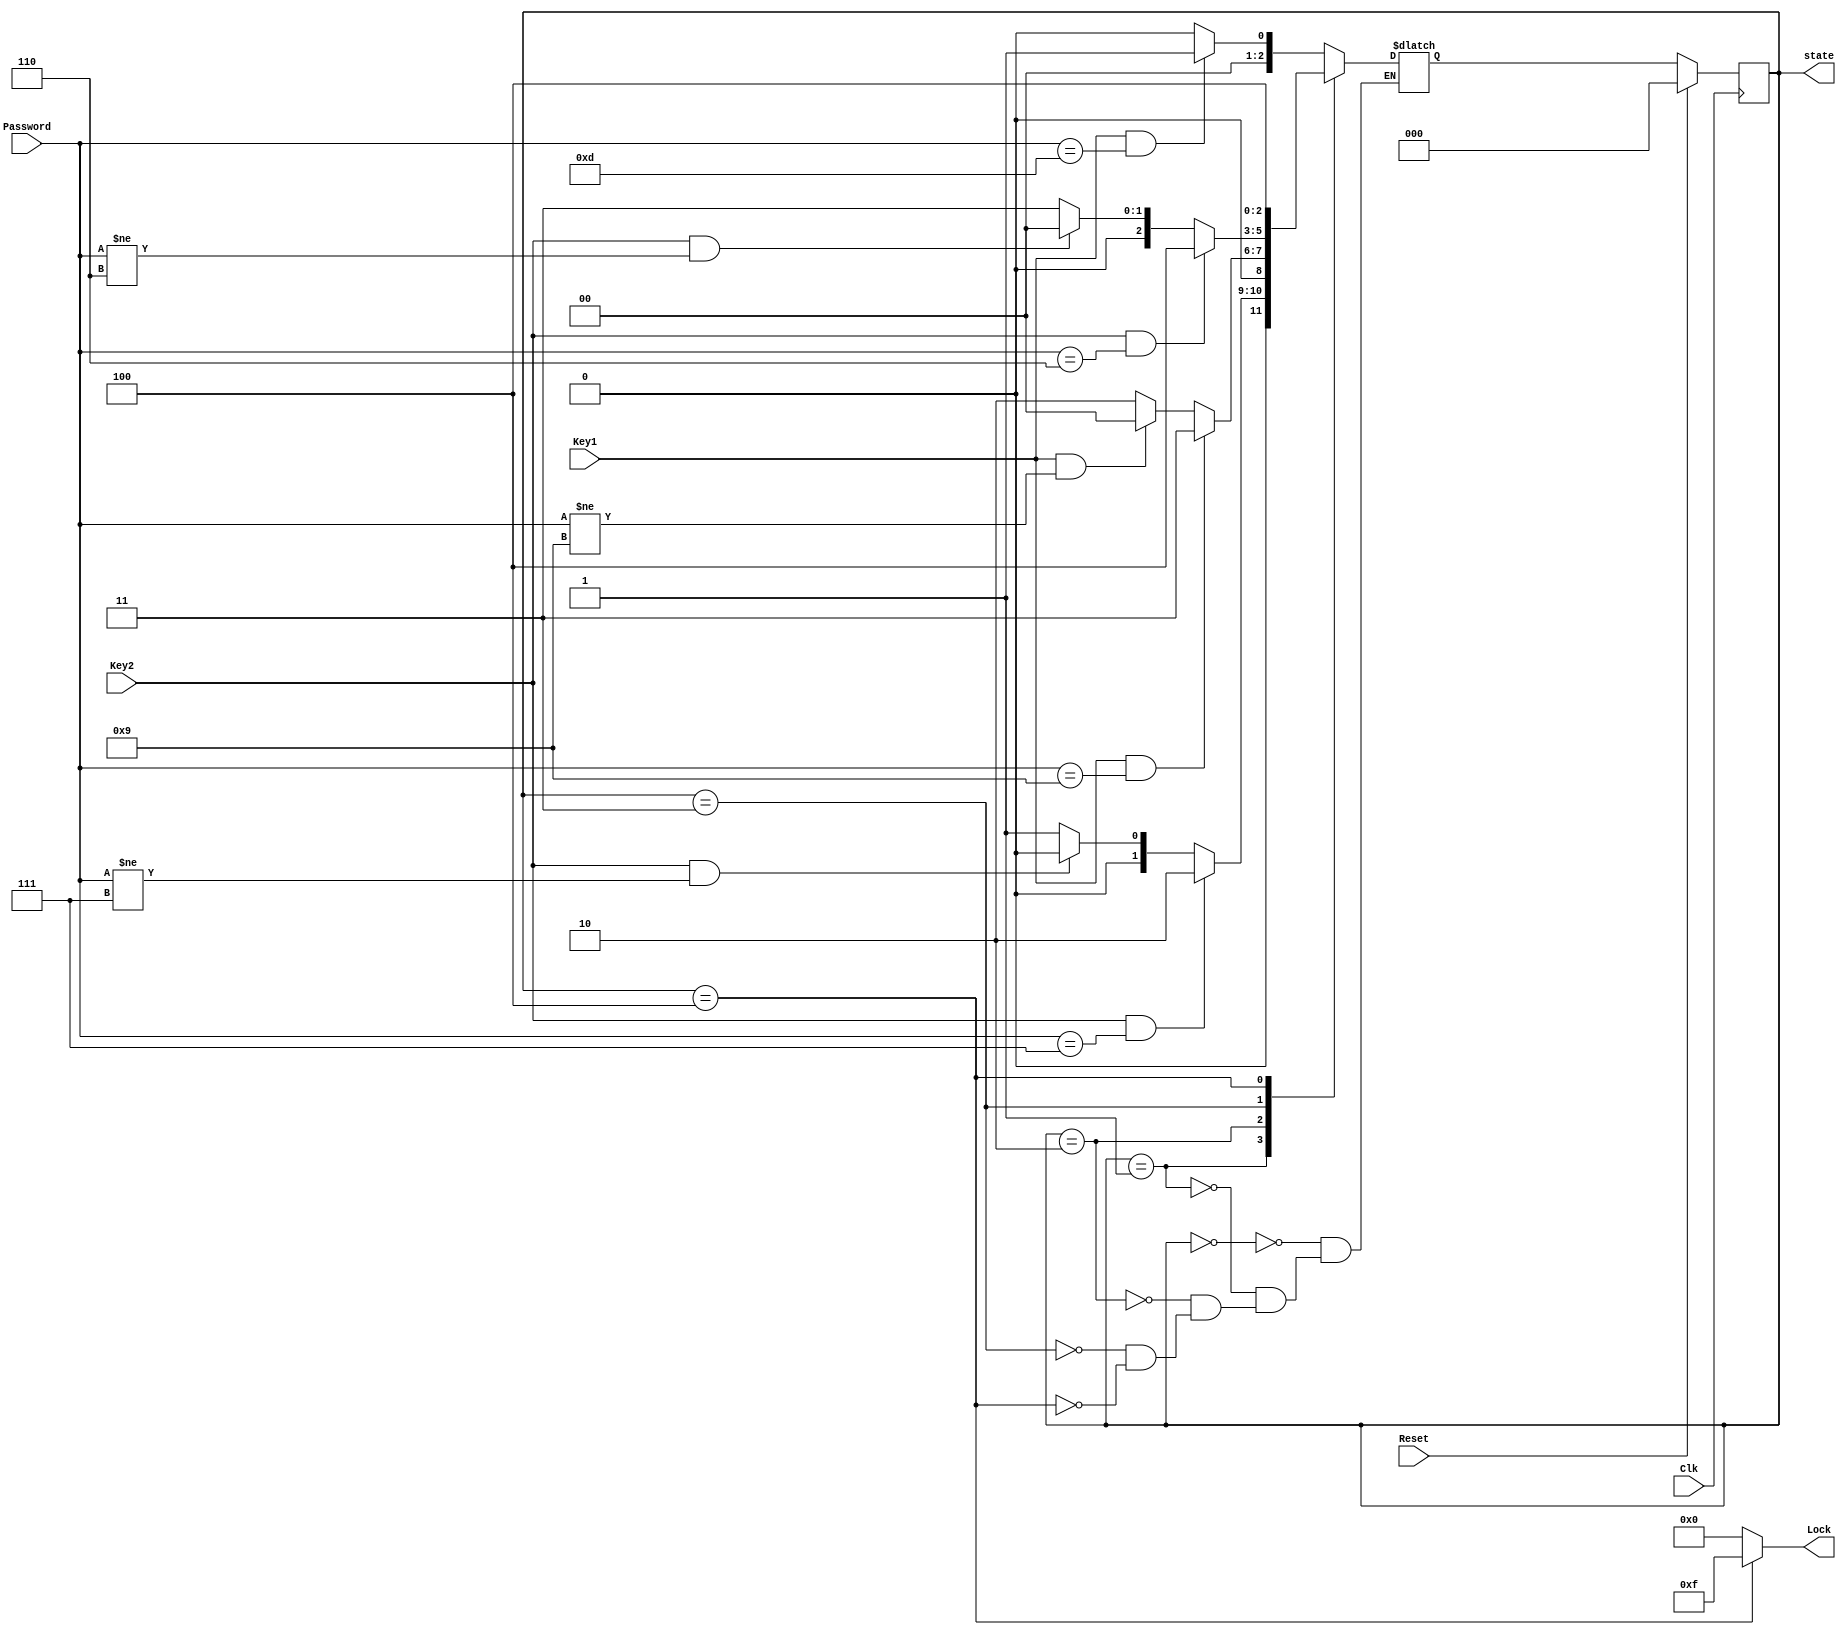
`timescale 1ns / 1ps

module combination_lock_fsm(

   /*for ease of debugging, output state*/
	output reg [2:0] state,
   output wire [3:0] Lock, // asserted when locked
   input wire Key1, Key2, //Unlock buttons 0 and 1 respectively
   input wire [3:0] Password, //indicate number
   input wire Clk, Reset //clock and reset
);
parameter  S0=3'b000,
           S1=3'b001,
           S2=3'b010,
           S3=3'b011,
           S4=3'b100;  
  reg [2:0] nextState;
  always@(*)
case(state)
  S0: begin
      
      if(Key1 == 1 && Password == 4'b1101)
        nextState = S1;
      else nextState = S0;
     end

  S1: begin
      
      if( Key2==1 & Password==4'b0111)
          nextState=S2;
       else if(Key2==1 && Password!=4'b0111)
           nextState=S0;
      else nextState=S1;
     end

  S2: begin
      
      if( Key1==1 && Password==4'b1001)
          nextState=S3;
       else if(Key1==1 && Password!=4'b1001)
           nextState=S0;
      else nextState=S2;
     end

S3:begin
            
           if( Key2==1 && Password==4'b0110)
               nextState=S4;
            else if(Key2==1 && Password!=4'b0110)
                nextState=S0;
           else nextState=S3;
          end
S4:begin
              
    nextState=S4;
    end
endcase

  always@(posedge Clk)
    if(Reset)
       state<=S0;
    else 
       state<=nextState;
assign Lock = (state==S4) ? 4'b1111:4'b0000;
endmodule